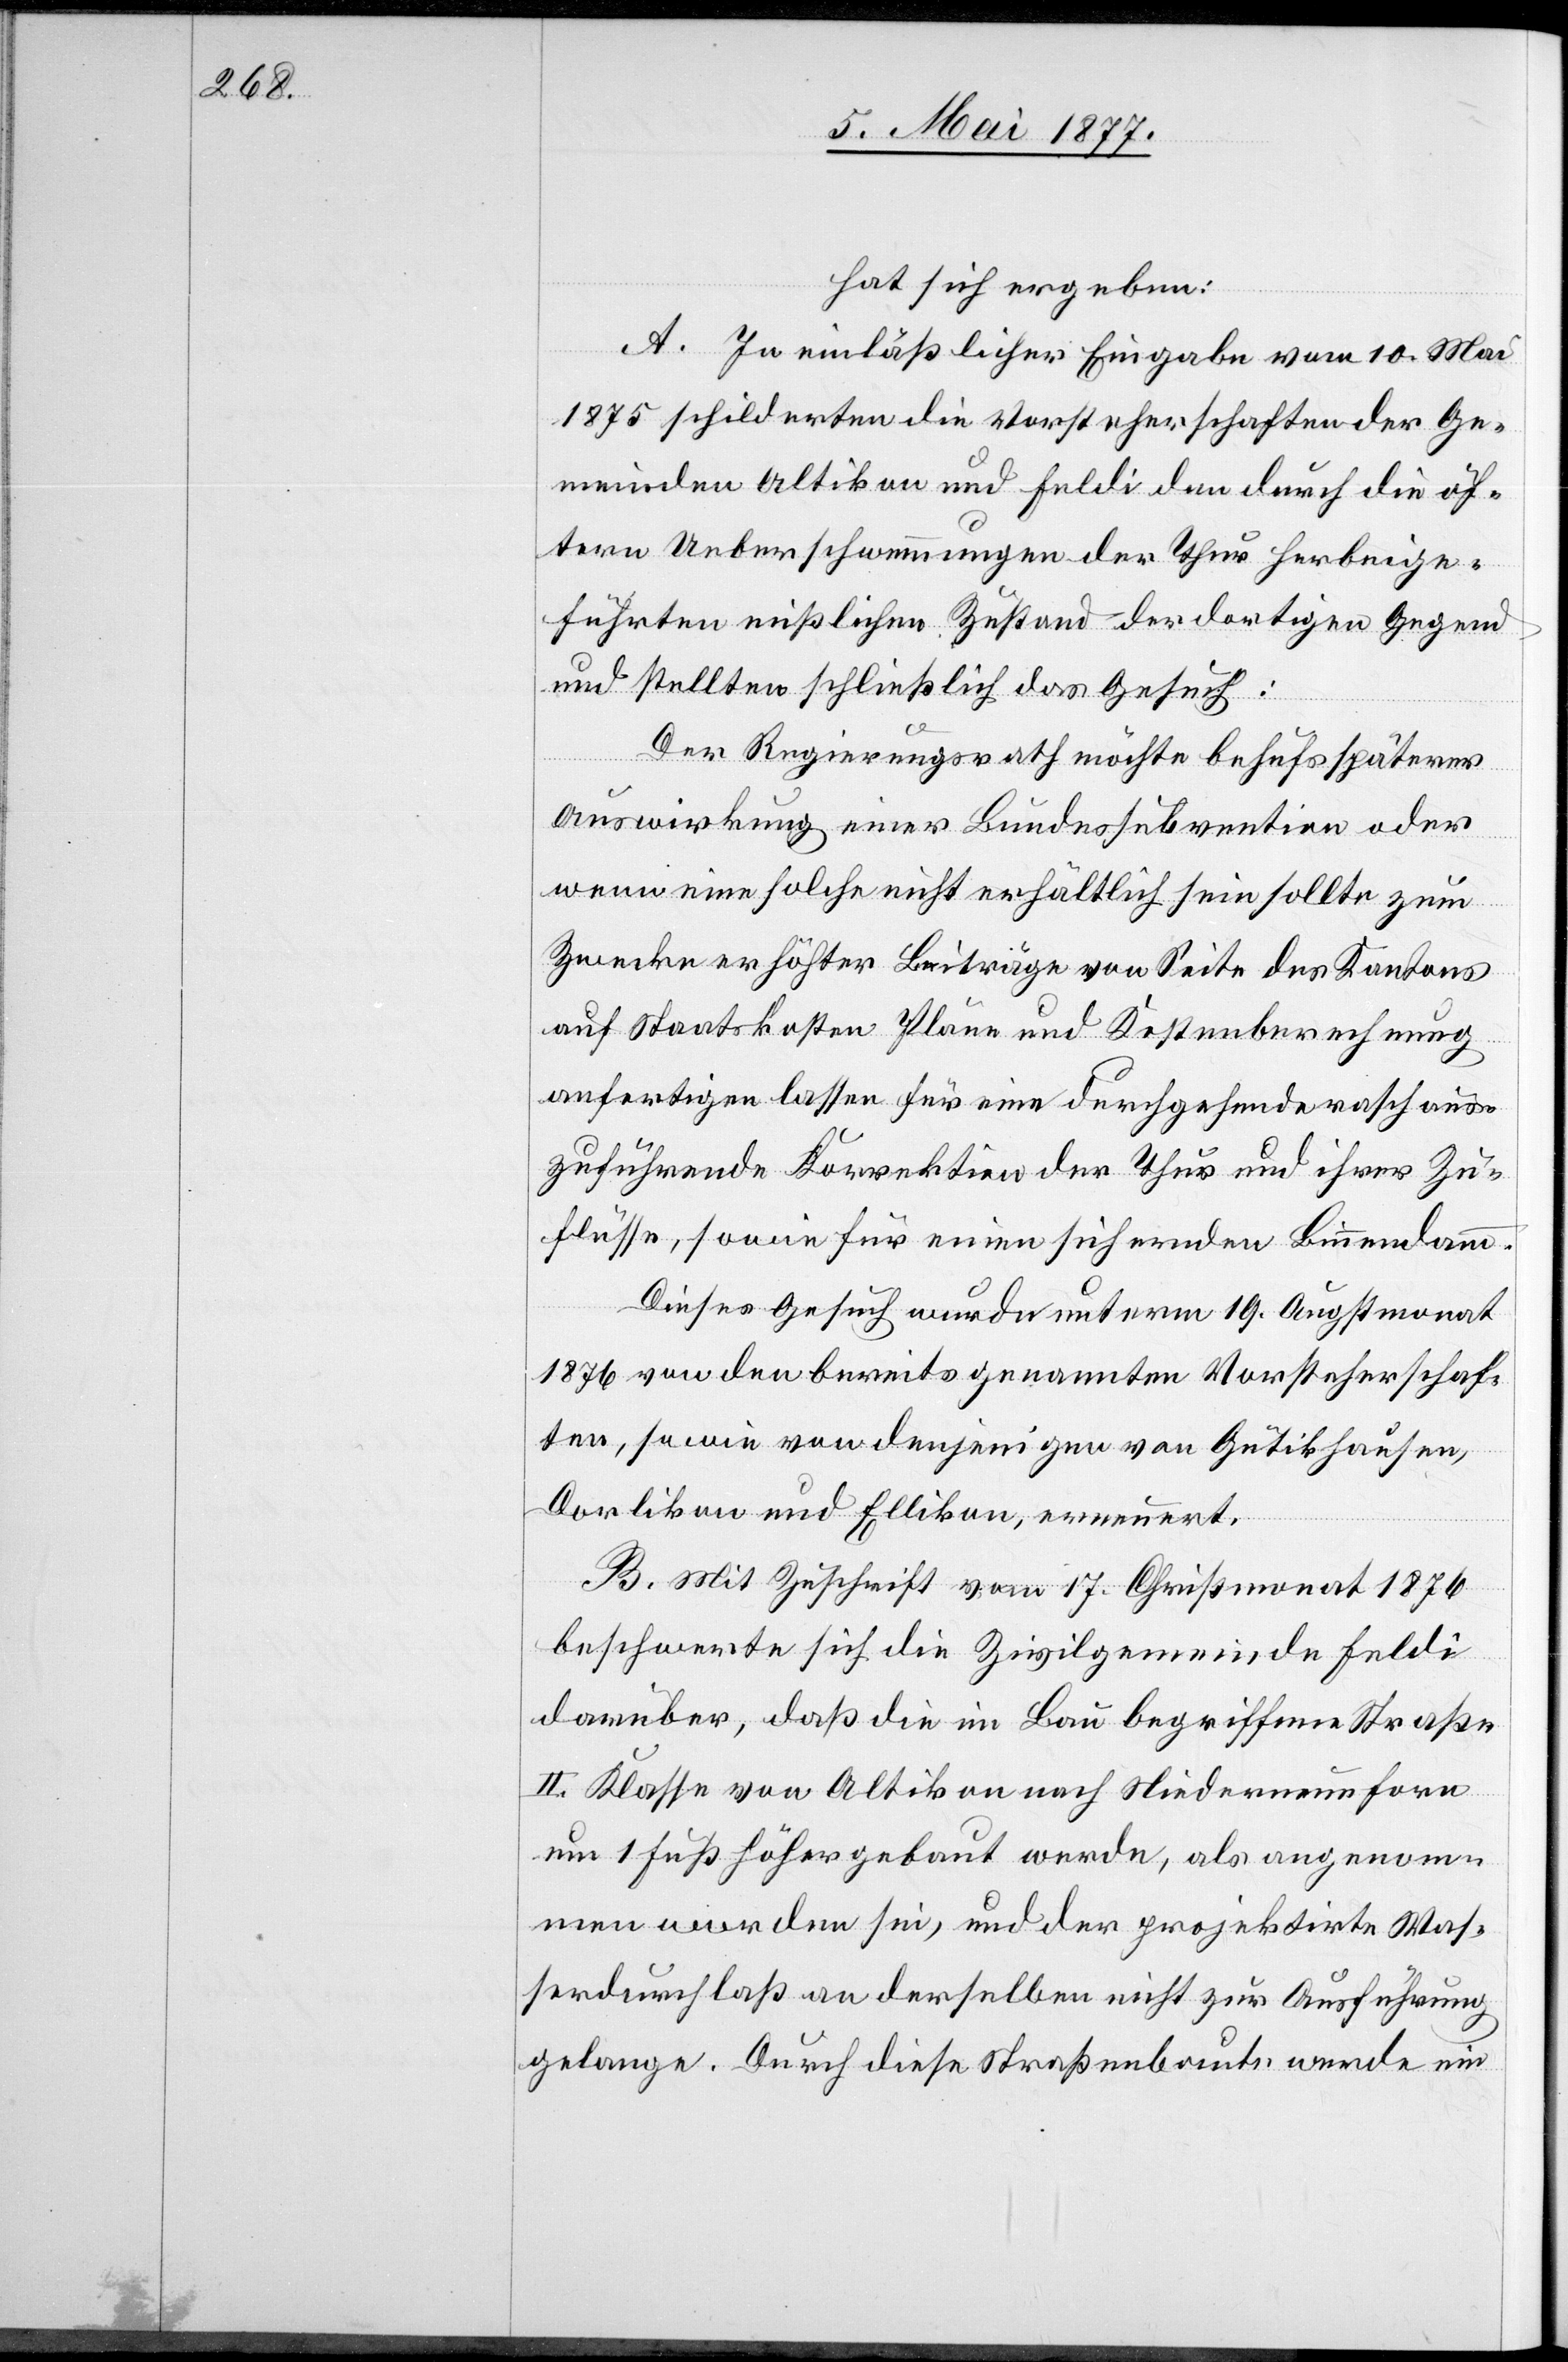
hat sich ergeben:
A. In einläßlicher Eingabe vom 10. Mai
1875 schilderten die Vorsteherschaften der Ge¬
meinden Altikon und Feldi den durch die öf¬
tern Ueberschwemmungen der Thur herbeige¬
führten mißlichen Zustand der dortigen Gegend
und stellten schließlich das Gesuch:
Der Regierungsrath möchte behufs späterer
Auswirkung einer Bundessubvention oder
wenn eine solche nicht erhältlich sein sollte zum
Zwecke erhöhter Beiträge von Seite des Kantons
auf Staatskosten Pläne und Kostenberechnung
anfertigen lassen für eine durchgehende rasch aus¬
zuführende Korrektion der Thur und ihrer Zu¬
flüsse, sowie für einen sichernden Binnendamm.
Dieses Gesuch wurde unterm 19. Augstmonat
1876 von den bereits genannten Vorsteherschaf¬
ten, sowie von denjenigen von Gütikhausen,
Dorlikon und Ellikon, erneuert.
B. Mit Zuschrift vom 17. Christmonat 1876
beschwerte sich die Zivilgemeinde Feldi
darüber, daß die im Bau begriffene Straße
II. Klasse von Altikon nach Niederneunforn
um 1 Fuß höher gebaut werde, als angenom¬
men worden sei, und der projektirte Was¬
serdurchlaß an derselben nicht zur Ausführung
gelange. Durch diese Straßenbaute werde ein